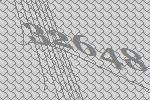
32648